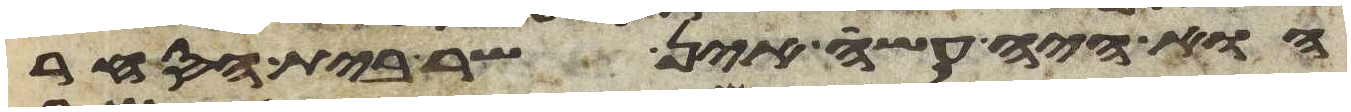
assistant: הוא היה עשה אין שר בית הסחר